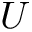
U